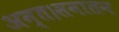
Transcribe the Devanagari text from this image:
अन्त।सनातन